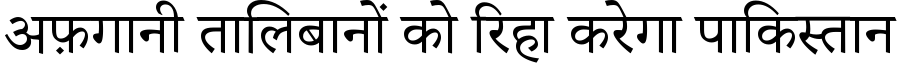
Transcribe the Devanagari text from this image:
अफ़गानी तालिबानों को रिहा करेगा पाकिस्तान